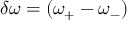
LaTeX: \delta \omega = ( \omega _ { + } - \omega _ { - } )